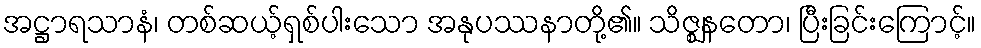
အဋ္ဌာရသာနံ၊ တစ်ဆယ့်ရှစ်ပါးသော အနုပဿနာတို့၏။ သိဇ္ဈနတော၊ ပြီးခြင်းကြောင့်။